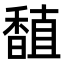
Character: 𫗾